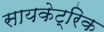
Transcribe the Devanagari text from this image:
सायकेट्रिक